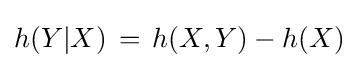
h(Y|X)\,=\,h(X,Y)-h(X)